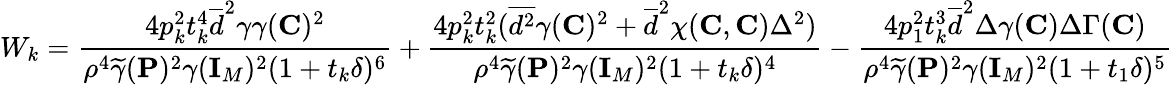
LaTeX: W_{k}=\frac{4p_{k}^{2}t_{k}^{4}\overline{{d}}^{2}\gamma\gamma({\mathbf{C}})^{2}}{\rho^{4}\widetilde{\gamma}(\mathbf{P})^{2}\gamma({\mathbf{I}}_{M})^{2}(1+t_{k}\delta)^{6}}+\frac{4p_{k}^{2}t_{k}^{2}(\overline{{d^{2}}}\gamma({\mathbf{C}})^{2}+\overline{{d}}^{2}\chi({\mathbf{C}},{\mathbf{C}})\Delta^{2})}{\rho^{4}\widetilde{\gamma}(\mathbf{P})^{2}\gamma({\mathbf{I}}_{M})^{2}(1+t_{k}\delta)^{4}}-\frac{4p_{1}^{2}t_{k}^{3}\overline{{d}}^{2}\Delta\gamma({\mathbf{C}})\Delta\Gamma({\mathbf{C}})}{\rho^{4}\widetilde{\gamma}(\mathbf{P})^{2}\gamma({\mathbf{I}}_{M})^{2}(1+t_{1}\delta)^{5}}